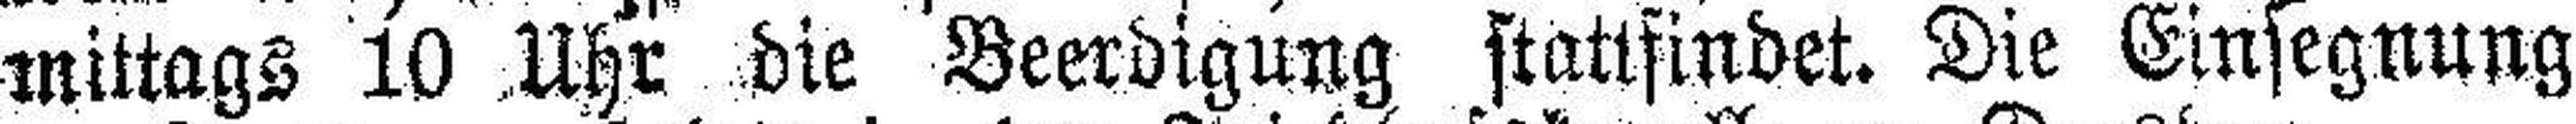
mittags 10 Uhr die Beerdigung stattfindet. Die Einsegnung